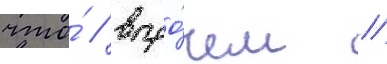
что́ / впро́чем /